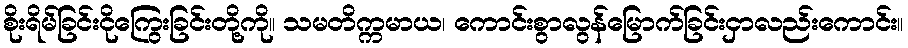
စိုးရိမ်ခြင်းငိုကြွေးခြင်းတို့ကို။ သမတိက္ကမာယ၊ ကောင်းစွာလွန်မြောက်ခြင်းငှာလည်းကောင်း။